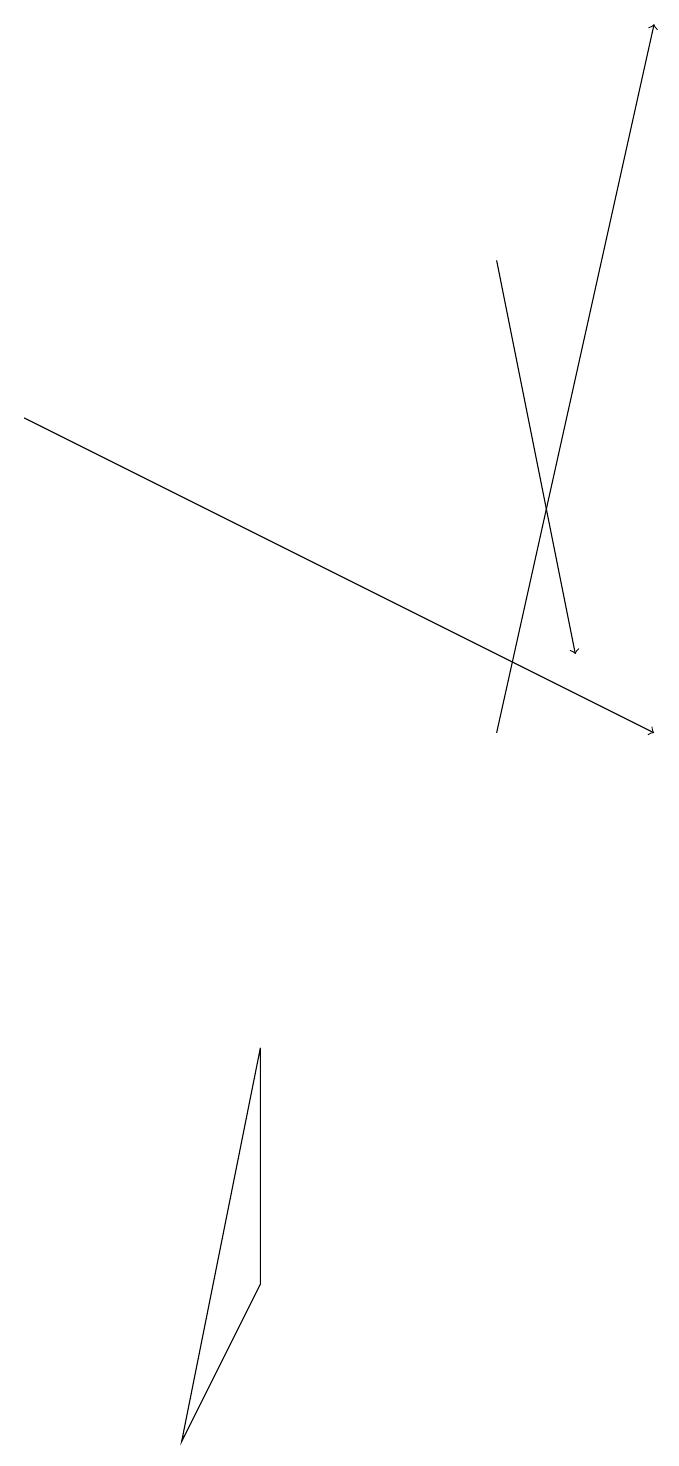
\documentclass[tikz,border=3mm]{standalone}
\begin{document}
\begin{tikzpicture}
\draw (4,3) -- (4,6) -- (3,1) -- cycle;
\draw[->] (1,14) -- (9,10);
\draw[->] (7,16) -- (8,11);
\draw[->] (7,10) -- (9,19);
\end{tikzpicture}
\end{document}